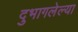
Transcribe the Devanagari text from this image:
दुभागलेल्या